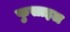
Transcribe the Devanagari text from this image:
फुसाइल